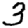
Digit: 3